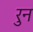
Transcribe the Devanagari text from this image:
रुन